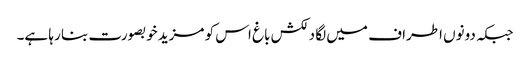
جبکہ دونوں اطراف میں لگا دلکش باغ اس کو مزید خوبصورت بنا رہا ہے۔